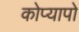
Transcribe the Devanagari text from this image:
कोप्यापो